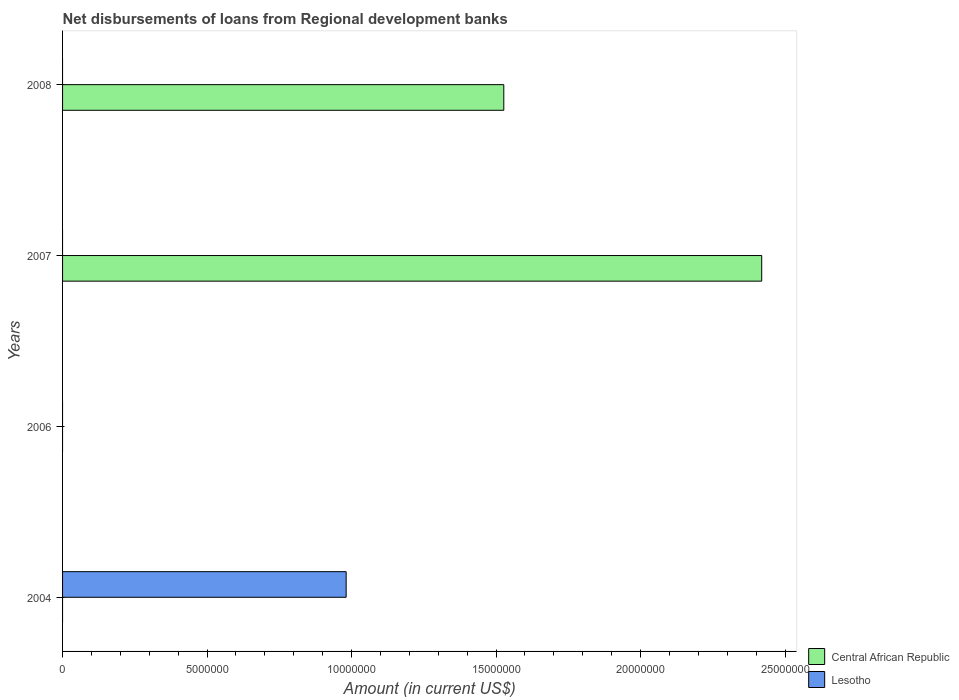
| Years | Central African Republic | Lesotho |
 | --- | --- | --- |
 | 2004 | -2.44e+06 | 9.81e+06 |
 | 2006 | -6.03e+06 | -5.15e+05 |
 | 2007 | 2.42e+07 | -2.68e+06 |
 | 2008 | 1.53e+07 | -4.98e+06 |